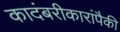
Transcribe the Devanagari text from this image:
कादंबरीकारांपैकी